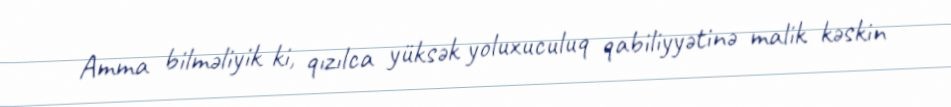
Amma bilməliyik ki, qızılca yüksək yoluxuculuq qabiliyyətinə malik kəskin